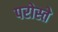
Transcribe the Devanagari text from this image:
परोस्ते